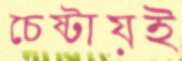
চেষ্টায়ই